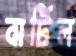
বার্টিল